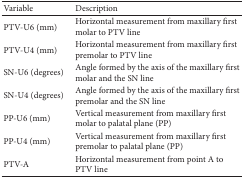
<table><thead><tr><td><b>Variable</b></td><td><b>Description</b></td></tr></thead><tbody><tr><td>PTV-U6 (mm)</td><td>Horizontal measurement from maxillary first molar to PTV line</td></tr><tr><td>PTV-U4 (mm)</td><td>Horizontal measurement from maxillary first premolar to PTV line</td></tr><tr><td>SN-U6 (degrees) </td><td>Angle formed by the axis of the maxillary first molar and the SN line</td></tr><tr><td>SN-U4 (degrees)</td><td>Angle formed by the axis of the maxillary first premolar and the SN line</td></tr><tr><td>PP-U6 (mm)</td><td>Vertical measurement from maxillary first molar to palatal plane (PP)</td></tr><tr><td>PP-U4 (mm)</td><td>Vertical measurement from maxillary first premolar to palatal plane (PP)</td></tr><tr><td>PTV-A </td><td>Horizontal measurement from point A to PTV line</td></tr></tbody></table>